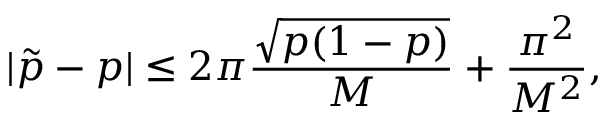
| \tilde { p } - p | \leq 2 \pi \frac { \sqrt { p ( 1 - p ) } } { M } + \frac { \pi ^ { 2 } } { M ^ { 2 } } ,